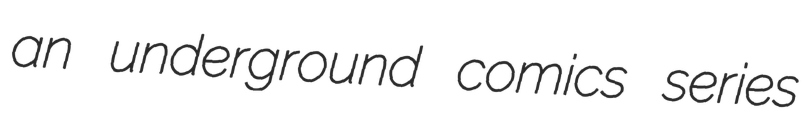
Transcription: an underground comics series